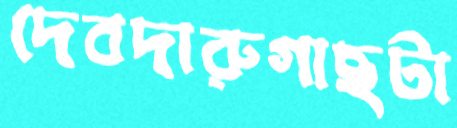
দেবদারুগাছটা